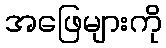
အဖြေများကို